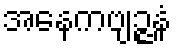
အနေကဗျဉ္ဇနံ